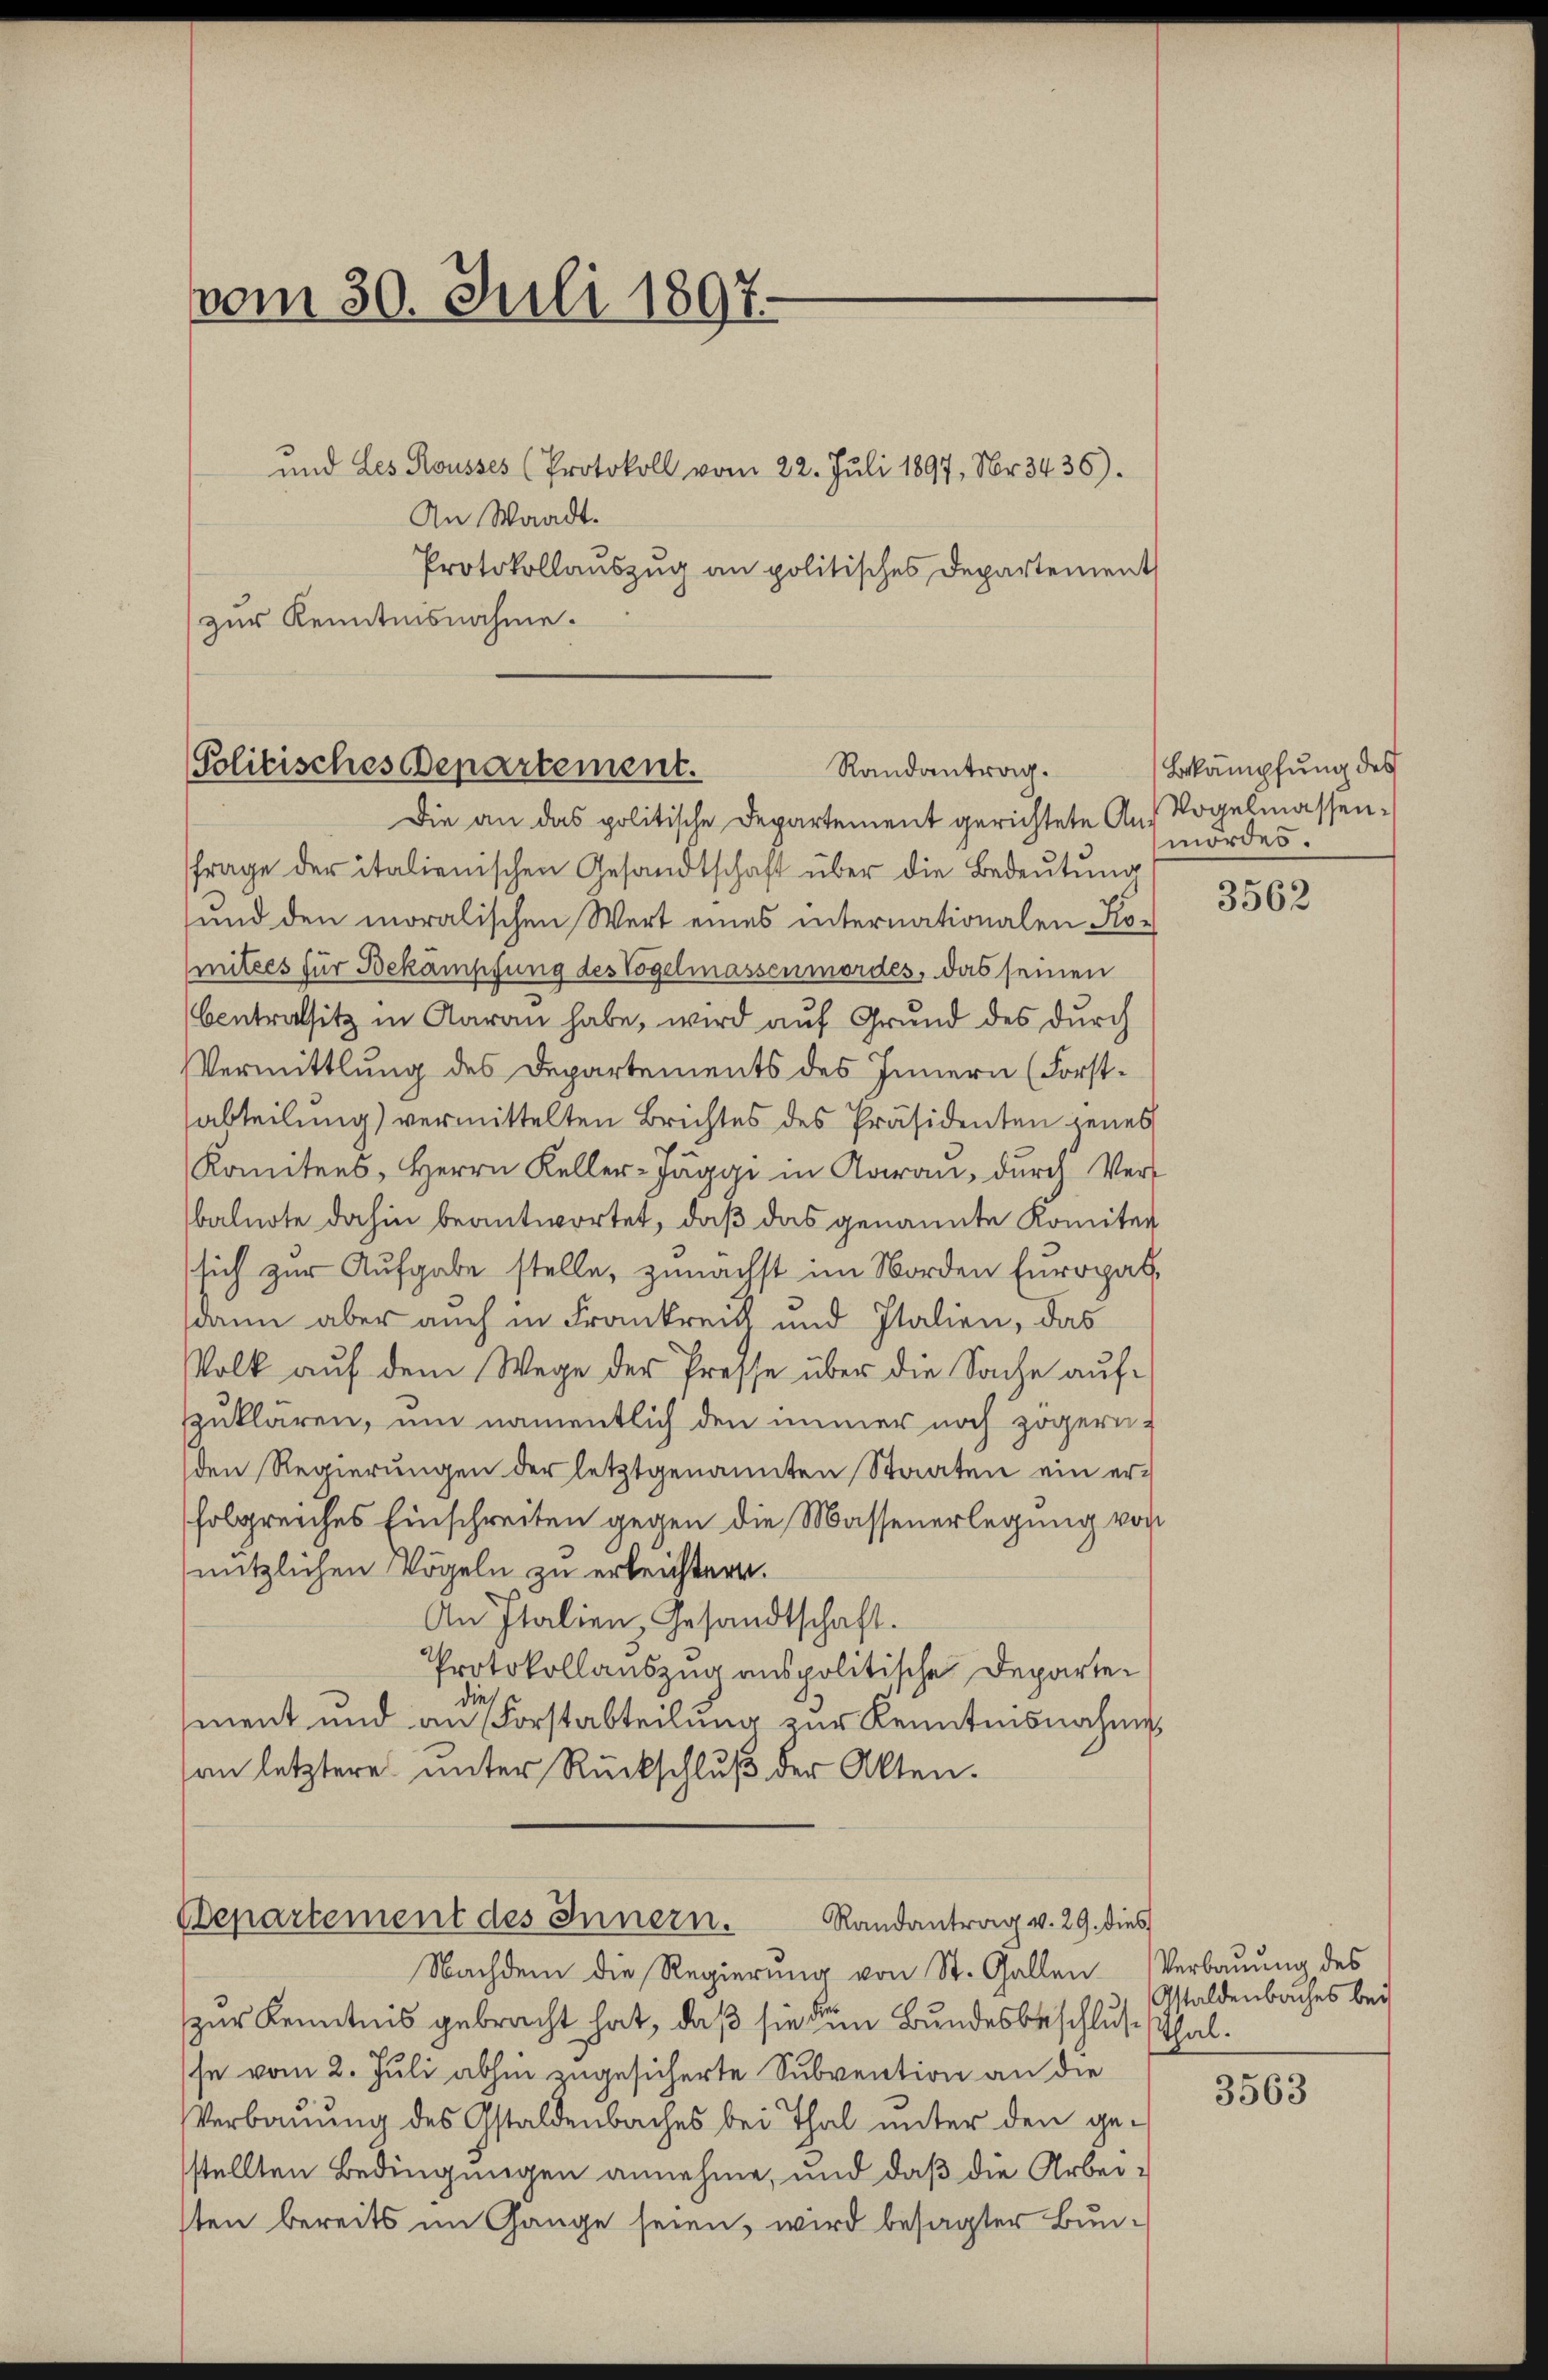
vom 30. Juli 1897.
und Les Rousses (Protokoll vom 22. Juli 1897, Nr. 3436).
An Waadt.
Protokollauszug an politisches Departement
zur Kenntnisnahme.

Politisches Departement.
Randantrag.

Die an das politische Departement gerichtete Auf Vogelmassen-
frage der italienischen Gesandtschaft über die Bedeutung
und den moralischen Wert eines internationalen Ko-
mitees für Bekämpfung des Vogelmassenmordes, das seinen
Centralsitz in Aarau habe, wird auf Grund des durch
Vermittlung des Departements des Innern (Forstabteilung) vermittelten Brichtes des Präsidenten jenes
Komitees, Herrn Keller-Jäggi in Aarau, durch Verbalnote dahin beantwortet, daß das genannte Komiter
sich zur Aufgabe stelle, zunächst im Norden Europasdann aber auch in Frankreich und Italien, das
Volk auf dem Wege der Presse über die Sache aufszuklären, um namentlich den immer noch zögern.
den Regierŭngen der letztgenannten Staaten ein erfolgreiches Einschreiten gegen die Massenerlegung von
nützlichen Vögeln zu erleichtern.
An Italien Gesandtschaft.
Protokollauszug anspolitische Departedie
ment und an Forstabteilung zur Kenntnisnahme,
an letztere unter Rückschlŭβ der Akten.

Departement des Innern.
Randantrag v. 29. dies

Nachdem die Regierung von St. Gallen Verbaŭŭng des
zur Kenntnis gebracht hat, daß sie den Bundesbeschluß Thalse vom 2. Juli abhin zugesicherte Subvention an die
Verbauung des Gstaldenbaches bei Thal unter den ge-
stellten Bedingungen annehme, und daß die Arbeisten bereits im Gange seien, wird besagter Bun¬

Bekämpfung des
mordes.

3562

Gstaldenbaches bei

3563